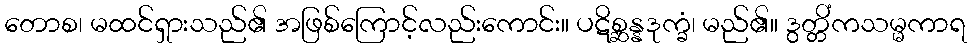
တောစ၊ မထင်ရှားသည်၏ အဖြစ်ကြောင့်လည်းကောင်း။ ပဋိစ္ဆန္နဒုက္ခံ၊ မည်၏။ ဒွတ္တိံကသမ္မကာရ